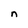
Character: n